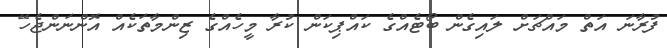
ފުރާނަ އަތް މައްޗަށް ލައިގެން ބޯޓެއްގެ ކައްޕިކަން ކުރާ މީހެއްގެ ޒިންމާތަކެއް އޮންނަންޖެހޭ